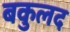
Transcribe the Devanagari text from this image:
बकुलद